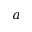
a